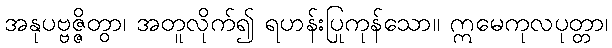
အနုပဗ္ဗဇ္ဇိတွာ၊ အတူလိုက်၍ ရဟန်းပြုကုန်သော။ ဣမေကုလပုတ္တာ၊